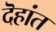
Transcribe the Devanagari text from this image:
दॆहांत